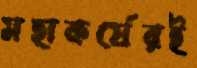
মহাকর্ষেরই